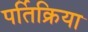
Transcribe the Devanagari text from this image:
पर्तिक्रिया